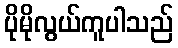
ပိုမိုလွယ်ကူပါသည်